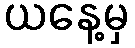
ယနေ့မှ